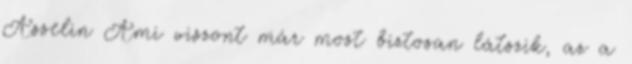
Asselin Ami viszont már most biztosan látszik, az a